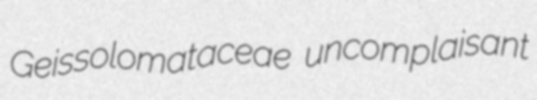
Geissolomataceae uncomplaisant